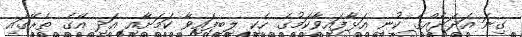
ގިނަ އަދަދެއްގެ ކުނި އަޅާފައިވާކަމުގެ ހެކި ލިބިފައިވާ ކަމަށާއި އަދި އޭގެ ތެރޭގައި